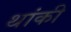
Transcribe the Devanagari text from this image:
थांकी